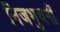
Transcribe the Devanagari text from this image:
निजभुवनीं